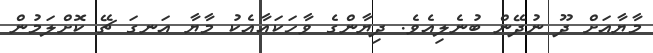
މާޔާއަށް ދޫ ނުދޭން ބުނެލިއެވެ. ދިޔާންގެ ވާހަކައާއެކު މާޔާ އަނގަ ޗޭ ކޮށްލަމުން